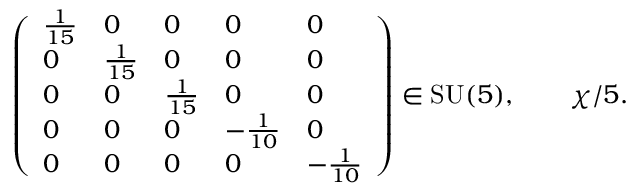
{ \left( \begin{array} { l l l l l } { { \frac { 1 } { 1 5 } } } & { 0 } & { 0 } & { 0 } & { 0 } \\ { 0 } & { { \frac { 1 } { 1 5 } } } & { 0 } & { 0 } & { 0 } \\ { 0 } & { 0 } & { { \frac { 1 } { 1 5 } } } & { 0 } & { 0 } \\ { 0 } & { 0 } & { 0 } & { - { \frac { 1 } { 1 0 } } } & { 0 } \\ { 0 } & { 0 } & { 0 } & { 0 } & { - { \frac { 1 } { 1 0 } } } \end{array} \right) } \in { \mathrm { S U } } ( 5 ) , \qquad \chi / 5 .